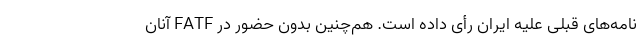
نامه‌های قبلی علیه ایران رأی داده است. هم‌چنین بدون حضور در FATF آنان